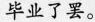
毕业了罢。